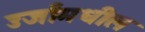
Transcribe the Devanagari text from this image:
उर्जांमधील